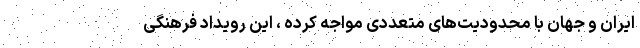
ایران و جهان با محدودیت‌های متعددی مواجه کرده ، این رویداد فرهنگی